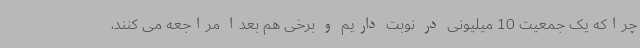
چراکه یک جمعیت 10 میلیونی در نوبت داریم و برخی هم بعدا مراجعه می کنند،